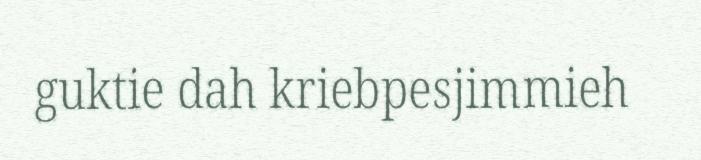
guktie dah kriebpesjimmieh